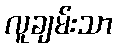
လူချမ်းသာ